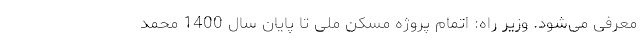
معرفی می‌شود. وزیر راه: اتمام پروژه مسکن ملی تا پایان سال 1400 محمد